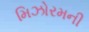
મિઝોરમની